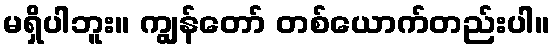
မရှိပါဘူး။ ကျွန်တော် တစ်ယောက်တည်းပါ။